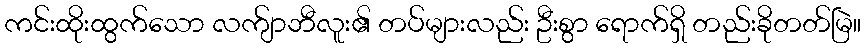
ကင်းထိုးထွက်သော လက်ျာဘီလူး၏ တပ်များလည်း ဦးစွာ ရောက်ရှိ တည်းခိုတတ်မြဲ။